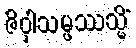
ဇိဝှါသမ္ဖဿသ္မိံ